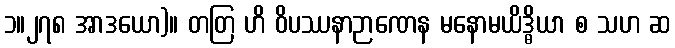
၁။၂၇၈ အာဒယော)။ တတြ ဟိ ဝိပဿနာဉာဏေန မနောမယိဒ္ဓိယာ စ သဟ ဆ